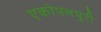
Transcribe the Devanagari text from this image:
एकोपलपुरी